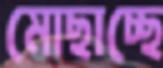
মোছাচ্ছে